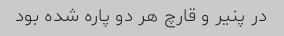
در پنیر و قارچ هر دو پاره شده بود